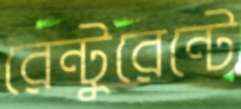
রেন্টুরেন্টে